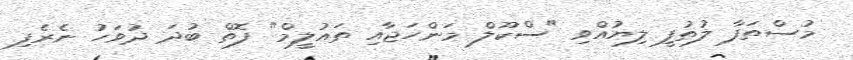
މުސްތަފާ ލުތުފީ ލިޔުއްވި "ސްކޫލް މަންހަޖާއި ތައުލީމް" ފޮތް ބުދަ ދުވަހު ނެރެފި